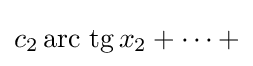
{\textstyle c_{2}\operatorname {arc\ tg} x_{2}+\cdots +}